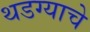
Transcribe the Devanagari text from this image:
थडग्याचे